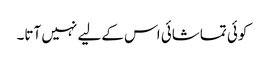
کوئی تماشائی اس کےلیے نہیں آتا۔